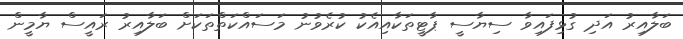
ބަލާއިރު އަދި ގުޅިފައިވާ ސިޔާސީ ޕާޓީތަކާއިއެކު ކުރެވުނު މަސައްކަތްތަކަށް ބަލާއިރު ރައީސް ޔާމީން